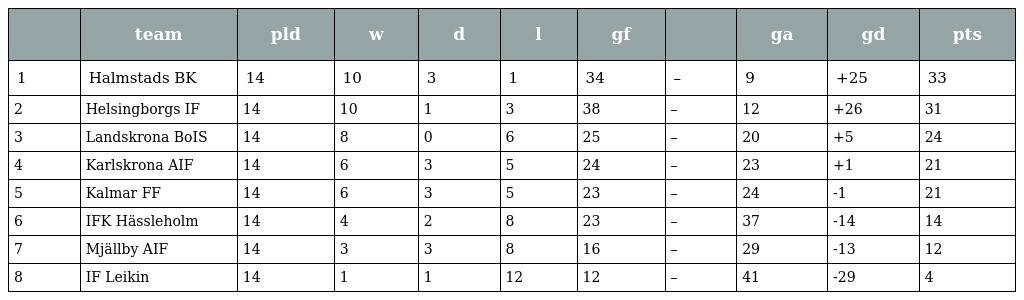
|  | team | pld | w | d | l | gf |  | ga | gd | pts |
 | --- | --- | --- | --- | --- | --- | --- | --- | --- | --- | --- |
 | 1 | Halmstads BK | 14 | 10 | 3 | 1 | 34 | – | 9 | +25 | 33 |
 | 2 | Helsingborgs IF | 14 | 10 | 1 | 3 | 38 | – | 12 | +26 | 31 |
 | 3 | Landskrona BoIS | 14 | 8 | 0 | 6 | 25 | – | 20 | +5 | 24 |
 | 4 | Karlskrona AIF | 14 | 6 | 3 | 5 | 24 | – | 23 | +1 | 21 |
 | 5 | Kalmar FF | 14 | 6 | 3 | 5 | 23 | – | 24 | -1 | 21 |
 | 6 | IFK Hässleholm | 14 | 4 | 2 | 8 | 23 | – | 37 | -14 | 14 |
 | 7 | Mjällby AIF | 14 | 3 | 3 | 8 | 16 | – | 29 | -13 | 12 |
 | 8 | IF Leikin | 14 | 1 | 1 | 12 | 12 | – | 41 | -29 | 4 |